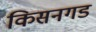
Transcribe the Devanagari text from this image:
किसनगड